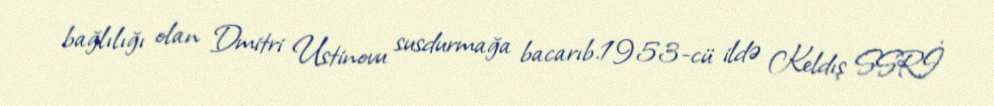
bağlılığı olan Dmitri Ustinovu susdurmağa bacarıb.1953-cü ildə Keldış SSRİ